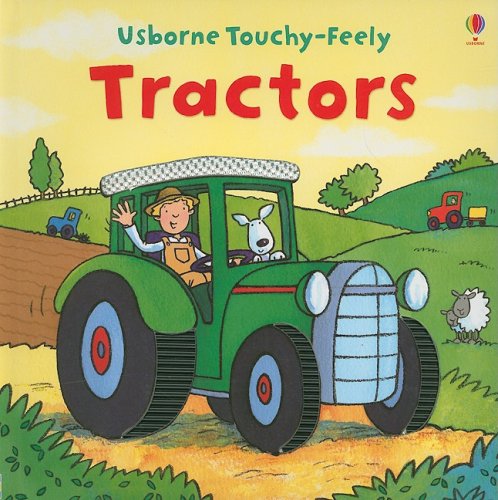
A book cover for Tractors (Usborne Touchy-Feely); Fiona Watt; Children's Books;